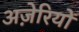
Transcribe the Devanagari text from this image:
अज़ेरियों